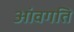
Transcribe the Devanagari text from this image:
आंवगति